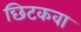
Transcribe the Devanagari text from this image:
छिटकवा